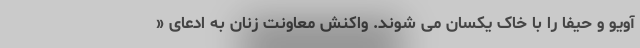
آویو و حیفا را با خاک یکسان می شوند. واکنش معاونت زنان به ادعای «